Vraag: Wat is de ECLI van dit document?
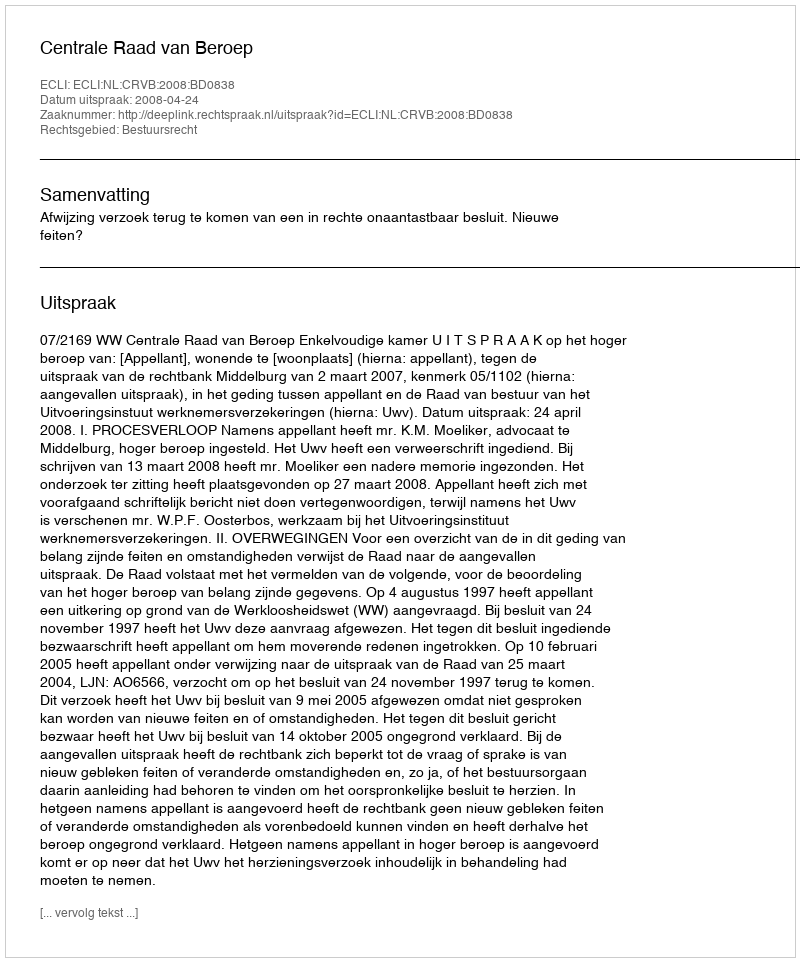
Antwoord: ECLI:NL:CRVB:2008:BD0838